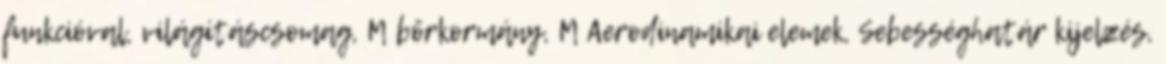
funkcióval, világításcsomag, M bőrkormány, M Aerodinamikai elemek, Sebességhatár kijelzés,